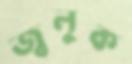
জ্বলুক